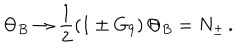
LaTeX: \Theta _ { B } \to \frac { 1 } { 2 } \left( 1 \pm G _ { 9 } \right) \Theta _ { B } = N _ { \pm } \, .